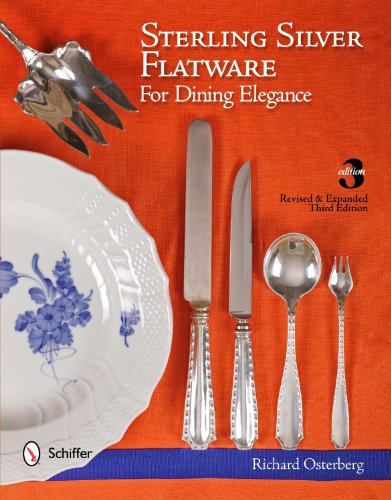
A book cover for Sterling Silver Flatware for Dining Elegance; Richard Osterberg; Crafts, Hobbies & Home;